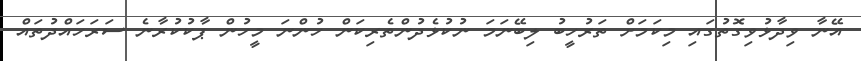
އޭނާ ވިދާޅުވިގޮތުގައި މިކަމަށް ތަރުހީބު ލިބޭނަމަ ނުކުޅެދުންތެރިކަން ހުންނަ މީހުން ޕާކުކުރާނެ ސަރަަހައްދުތައް